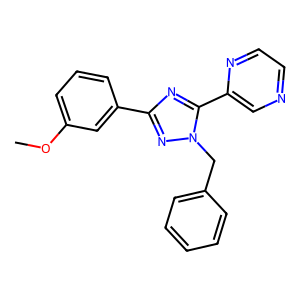
SMILES: COc1cccc(-c2nc(-c3cnccn3)n(Cc3ccccc3)n2)c1
Inhibits HIV replication: No